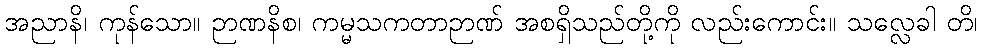
အညာနိ၊ ကုန်သော။ ဉာဏနိစ၊ ကမ္မသကတာဉာဏ် အစရှိသည်တို့ကို လည်းကောင်း။ သလ္လေခါ တိ၊